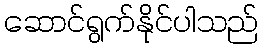
ဆောင်ရွက်နိုင်ပါသည်